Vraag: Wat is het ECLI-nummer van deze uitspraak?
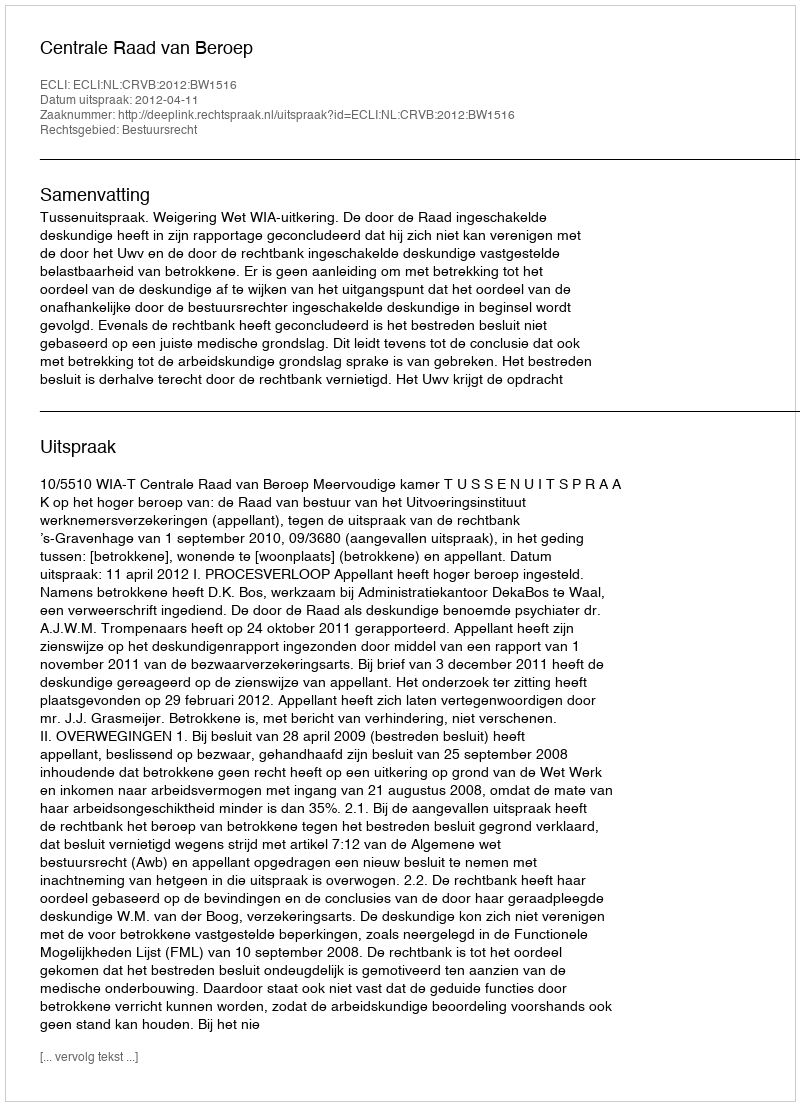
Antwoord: ECLI:NL:CRVB:2012:BW1516